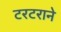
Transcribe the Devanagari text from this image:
टरटराने